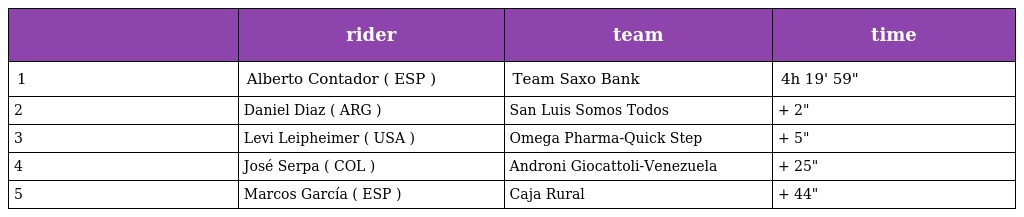
|  | rider | team | time |
 | --- | --- | --- | --- |
 | 1 | Alberto Contador ( ESP ) | Team Saxo Bank | 4h 19' 59" |
 | 2 | Daniel Diaz ( ARG ) | San Luis Somos Todos | + 2" |
 | 3 | Levi Leipheimer ( USA ) | Omega Pharma-Quick Step | + 5" |
 | 4 | José Serpa ( COL ) | Androni Giocattoli-Venezuela | + 25" |
 | 5 | Marcos García ( ESP ) | Caja Rural | + 44" |